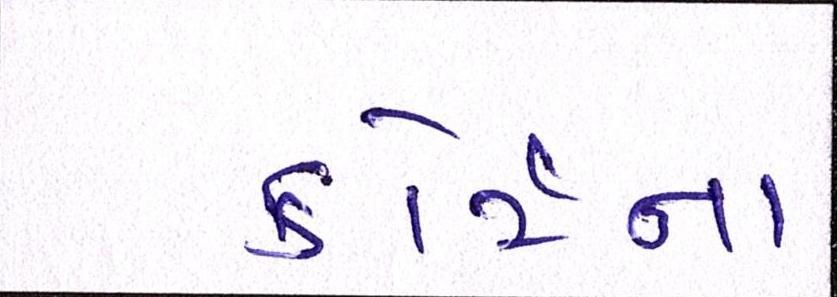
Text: કોર્ટના